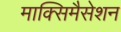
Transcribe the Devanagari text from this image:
माक्सिमैसेशन